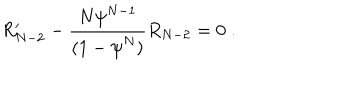
R _ { N - 2 } ^ { \prime } - \frac { N { \psi } ^ { N - 1 } } { ( 1 - { \psi } ^ { N } ) } R _ { N - 2 } = 0 \; .